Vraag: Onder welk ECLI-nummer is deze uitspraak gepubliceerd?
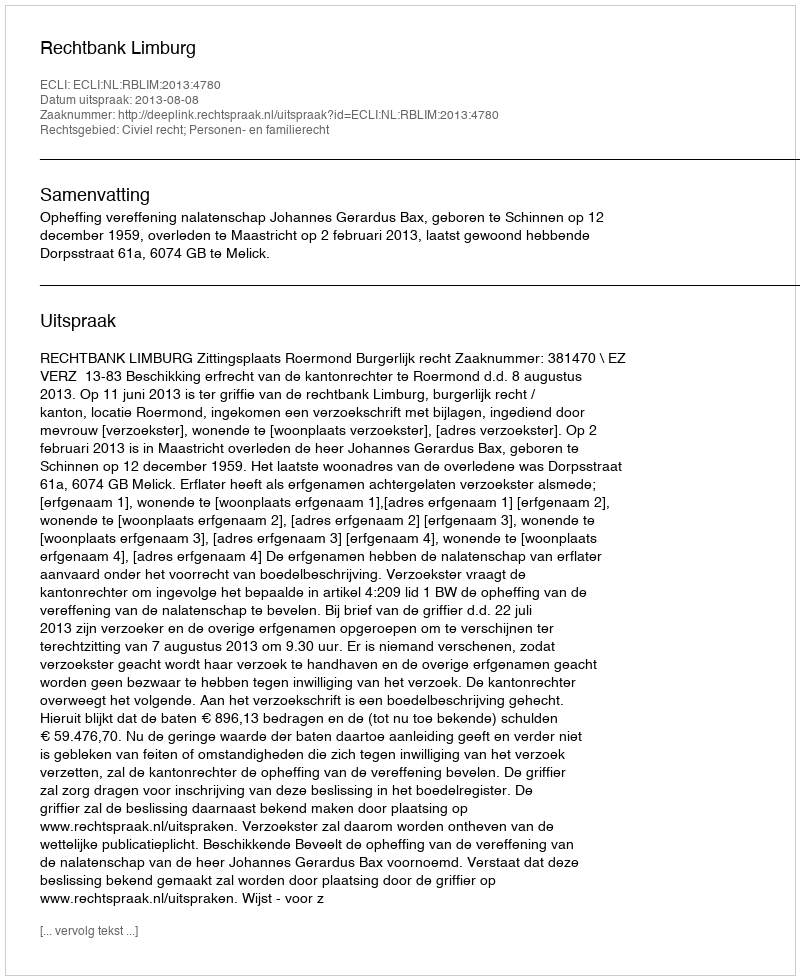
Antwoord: ECLI:NL:RBLIM:2013:4780